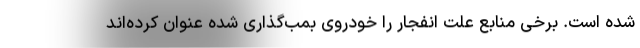
شده است. برخی منابع علت انفجار را خودروی بمب‌گذاری شده عنوان کرده‌اند